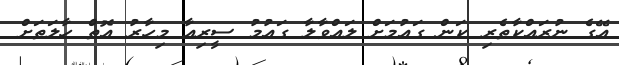
އޭގެ ނުރައްކާތެރި ކަން ގައުމަށް ލައްވާލާ ގައުމު ސީރިއާ މިހާރު އޮތް ހާލަތަށް